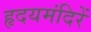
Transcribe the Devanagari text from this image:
हृदयमंदिरें